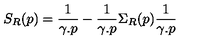
S _ { R } ( p ) = \frac { 1 } { \gamma . p } - \frac { 1 } { \gamma . p } \Sigma _ { R } ( p ) \frac { 1 } { \gamma . p }